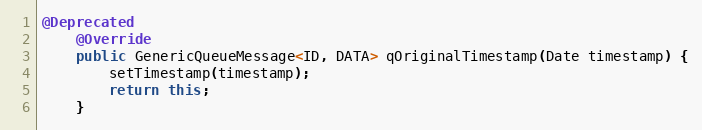
Language: Java
@Deprecated
    @Override
    public GenericQueueMessage<ID, DATA> qOriginalTimestamp(Date timestamp) {
        setTimestamp(timestamp);
        return this;
    }